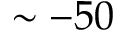
\sim - 5 0